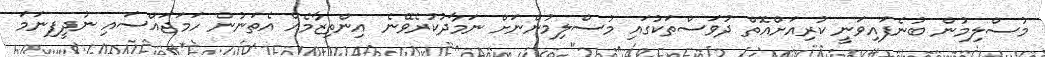
މުސްލިމުން ބުނެފައިވަނީ ކުރިއަށްއޮތް ދުވަސްތަކުގައި މުސްލިމުންނަށް ނަމާދުކުރެވޭނެ އިންތިޒާމެއް އެތަނުން ހަމަޖައްސައި ނުދީފިނަމަ